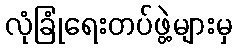
လုံခြုံရေးတပ်ဖွဲ့များမှ